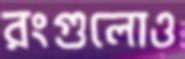
রংগুলোও